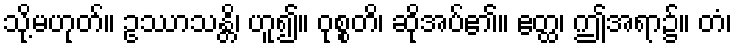
သို့မဟုတ်။ ဥဿာသန္တိ၊ ဟူ၍။ ဝုစ္စတိ၊ ဆိုအပ်၏။ ဧတ္ထ၊ ဤအရာ၌။ တံ၊